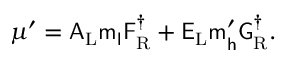
\mu ^ { \prime } = \sf A _ { \mathrm { L } } m _ { l } F _ { \mathrm { R } } ^ { \dag } + E _ { \mathrm { L } } m _ { h } ^ { \prime } G _ { \mathrm { R } } ^ { \dag } .